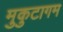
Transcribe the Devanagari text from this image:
मुकुटागम